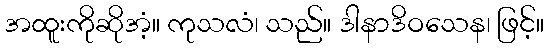
အထူးကိုဆိုအံ့။ ကုသလံ၊ သည်။ ဒါနာဒိဝသေန၊ ဖြင့်။